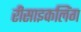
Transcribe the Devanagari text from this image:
रीसाइकलिंग